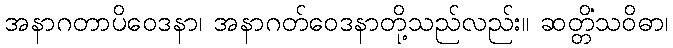
အနာဂတာပိဝေဒနာ၊ အနာဂတ်ဝေဒနာတို့သည်လည်း။ ဆတ္တိံသဝိဓာ၊